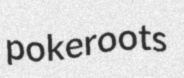
pokeroots